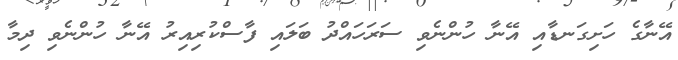
އޭނާގެ ހަށިގަނޑާއި އޭނާ ހުންނެވި ސަރަހައްދު ބަލައި ފާސްކުރިއިރު އޭނާ ހުންނެވި ދިމާ